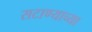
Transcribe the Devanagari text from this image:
सटाण्याच्या